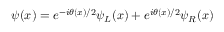
\psi ( x ) = e ^ { - i \theta ( x ) / 2 } \psi _ { L } ( x ) + e ^ { i \theta ( x ) / 2 } \psi _ { R } ( x )